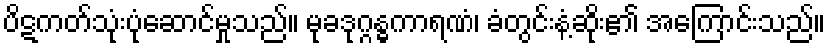
ပိဋကတ်သုံးပုံဆောင်မှုသည်။ မုခဒုဂ္ဂန္ဓကာရဏံ၊ ခံတွင်းနံ့ဆိုး၏ အကြောင်းသည်။